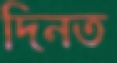
দিনত